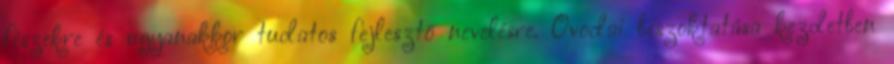
fészekre és ugyanakkor tudatos fejlesztő nevelésre. Óvodai beszoktatása kezdetben